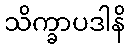
သိက္ခာပဒါနိ